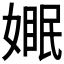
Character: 𪦓